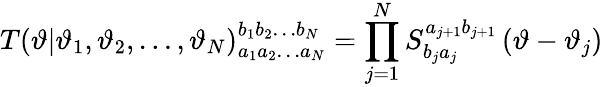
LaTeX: T\left(\vartheta|\vartheta_{1},\vartheta_{2},\ldots,\vartheta_{N}\right)_{a_{1}a_{2}\ldots a_{N}}^{b_{1}b_{2}\ldots b_{N}}=\prod_{j=1}^{N}S_{b_{j}a_{j}}^{a_{j+1}b_{j+1}}\left(\vartheta-\vartheta_{j}\right)